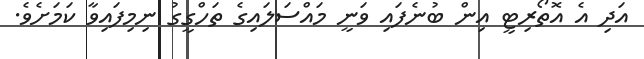
އަދި އެ އޮތޯރިޓީ އިން ބުނެފައި ވަނީ މައްސަލައިގެ ތަހްގީގު ނިމިފައިވާ ކަމަށެވެ.